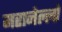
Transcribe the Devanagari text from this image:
मरानेल्लो